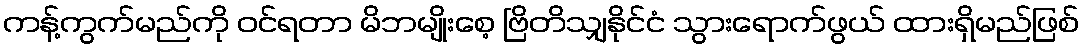
ကန့်ကွက်မည်ကို ဝင်ရတာ မိဘမျိုးစေ့ ဗြိတိသျှနိုင်ငံ သွားရောက်ဖွယ် ထားရှိမည်ဖြစ်